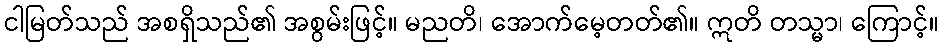
ငါမြတ်သည် အစရှိသည်၏ အစွမ်းဖြင့်။ မညတိ၊ အောက်မေ့တတ်၏။ ဣတိ တသ္မာ၊ ကြောင့်။